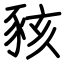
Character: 豥